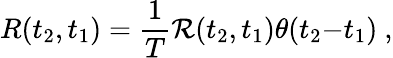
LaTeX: R(t_{2},t_{1})=\frac{1}{T}\mathcal{R}(t_{2},t_{1})\theta(t_{2}{-}t_{1})~,